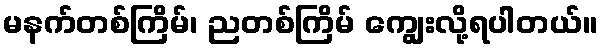
မနက်တစ်ကြိမ်၊ ညတစ်ကြိမ် ကျွေးလို့ရပါတယ်။